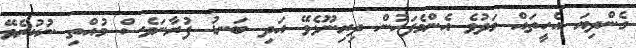
ގެންދިޔަ އެހީތައް މަދުވެ އެންމެފަހުން ދިރިނޫޅެވޭ އަދި ބަނޑު ފުރާނަވެސް މުއްތި ނުކުރެވޭ